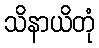
သိနာယိတုံ